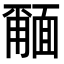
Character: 𮧎